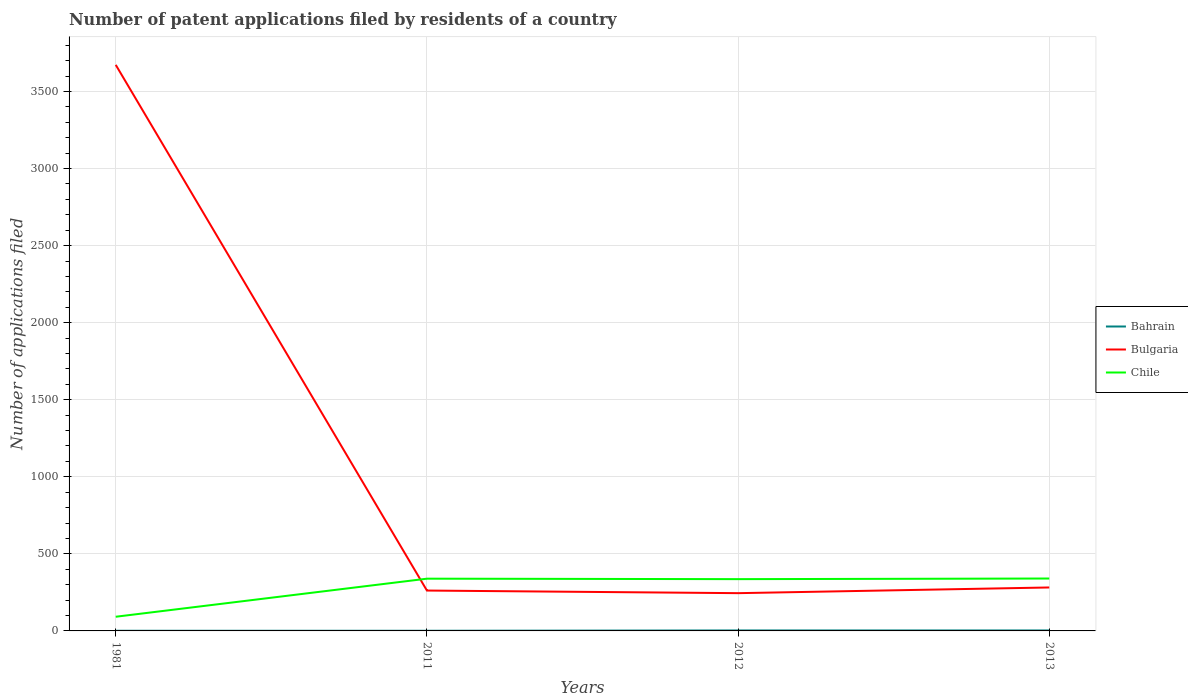
| Years | Bahrain | Bulgaria | Chile |
 | --- | --- | --- | --- |
 | 1981 | 1 | 3.67e+03 | 92 |
 | 2011 | 1 | 262 | 339 |
 | 2012 | 3 | 245 | 336 |
 | 2013 | 3 | 282 | 340 |